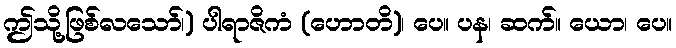
ဤသို့ဖြစ်လသော်၊) ပါရာဇိကံ (ဟောတိ)၊ ပေ။ ပန၊ ဆက်။ ယော၊ ပေ။